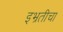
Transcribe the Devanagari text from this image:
इभ्रतीचा